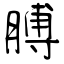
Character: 膊